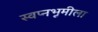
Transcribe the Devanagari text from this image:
स्वप्नभूमीला